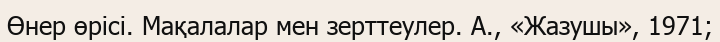
Өнер өрісі. Мақалалар мен зерттеулер. А., «Жазушы», 1971;